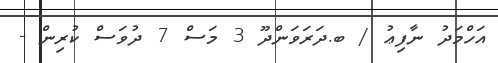
އަހްމަދު ނާފިޢު / ބ.ދަރަވަންދޫ 3 މަސް 7 ދުވަސް ކުރިން -